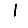
Digit: 1